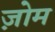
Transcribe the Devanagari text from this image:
ज़ोम